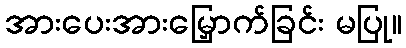
အားပေးအားမြှောက်ခြင်း မပြု။